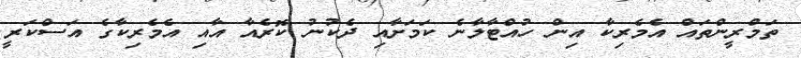
ތަމްރީންތައް އެމެރިކާ އިން ހުއްޓާލާނެ ކަމަށާއި ދެކުނު ކޮރެއާ އާއި އެމެރިކާގެ އަސްކަރީ